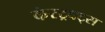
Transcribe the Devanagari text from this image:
कंस्ट्रक्ट्स